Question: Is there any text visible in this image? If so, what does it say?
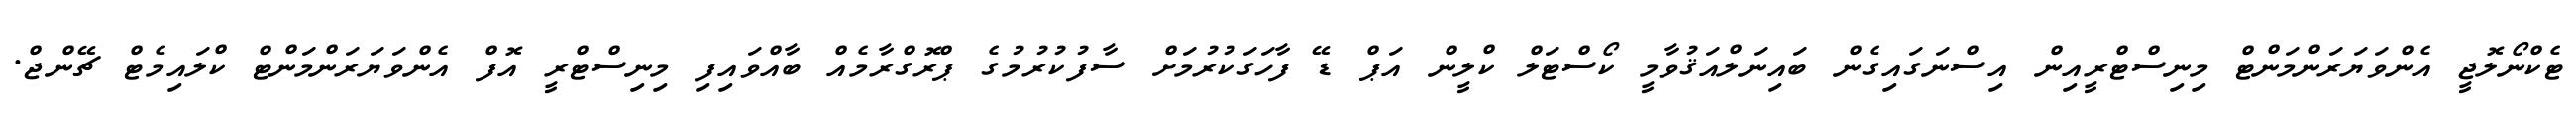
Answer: ޓެކްނޯލޮޖީ އެންވަޔަރަންމަންޓް މިނިސްޓްރީއިން އިސްނަގައިގެން ބައިނަލްއަޤުވާމީ ކޯސްޓަލް ކްލީން އަޕް ޑޭ ފާހަގަކުރުމަށް ސާފުކުރުމުގެ ޕްރޮގްރާމެއް ބާއްވައިފި މިނިސްޓްރީ އޮފް އެންވަޔަރަންމަންޓް ކްލައިމެޓް ޗޭންޖް.